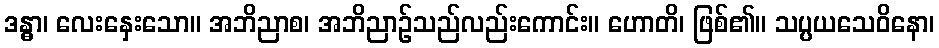
ဒန္ဓာ၊ လေးနှေးသော။ အဘိညာစ၊ အဘိညာဉ်သည်လည်းကောင်း။ ဟောတိ၊ ဖြစ်၏။ သပ္ပယသေဝိနော၊